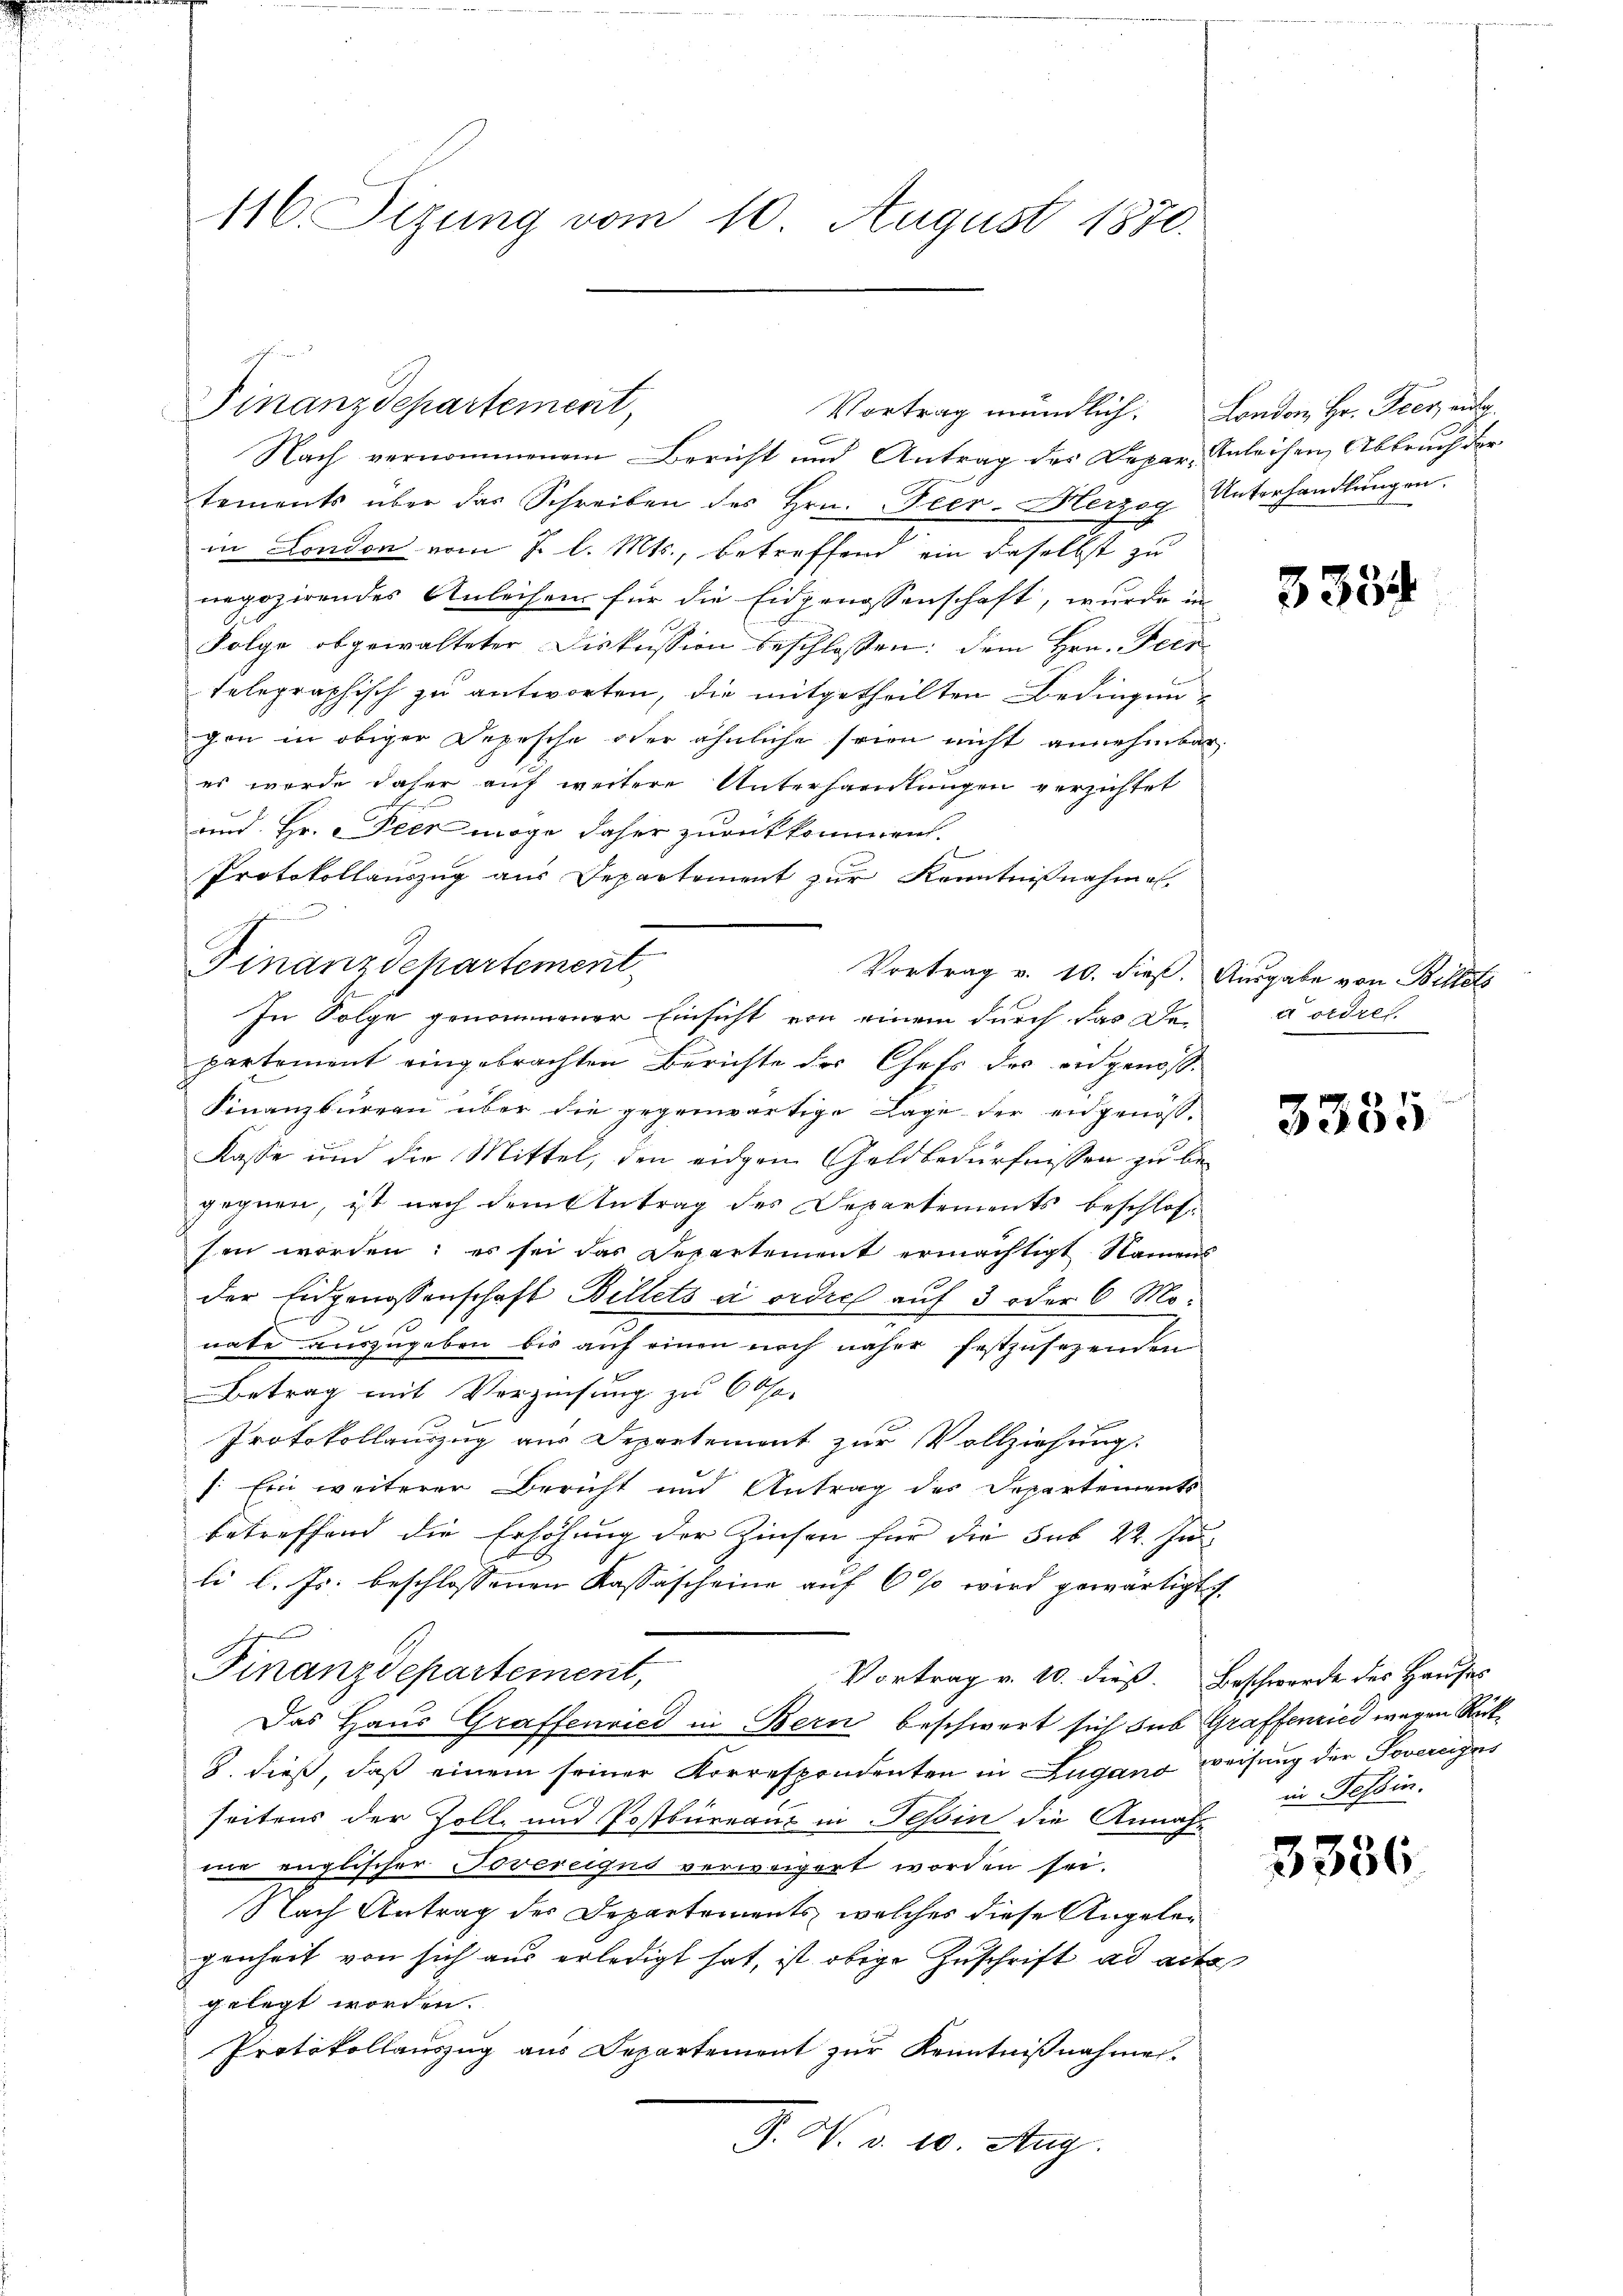
i

116. Sizung vom 10. August 1830.

Finanzdepartement,

Nach vernommenem Bericht und Antrag des Depar- Anleihen, Abbruch der
tements über das Schreiben des Hrn. Peer- Herzog Unterhandlŭngen.
in London vom 7. l. Mts., betreffend ein daselbst zu
negozirendes Anleihen für die Eidgenossenschaft, wurde in
Folge obgewalteter Diskussion beschlossen: dem Hrn. Peer
telegraphisch zu antworten, die mitgetheilten Bedingungon in obiger Depesche oder ähnliche seien nicht annehmbar.
es wurde daher auf weitere Unterhauptungen verzichtet
und Hr. Peer möge daher zurückkommen.
Protokollauszug aus Departement zur Kenntnißnahmen.
u
Finanzdepartement
Vortrag v. 10. dieß. Ausgabe von Billets
E
In Folge genommener Einsicht von einem durch das Den vordres.
partement eingebrachten Berichte der Chefs des eidgenoß¬
Finanzbürern über die gegenwärtige Lage der engenöß¬
Kasse und die Mittel, den eiden Geldbedürfnissen zu begegnen, ist nach dem Antrag des Departements beschlossen worden; es sei das Departement ermächtigt. Namens
der Eidgenossenschaft Billets a ordres auf 3 oder 6 Monate auszugeben bis auf einen noch näher festzusezenden
Betrag mit Verzinsung zu 60sa-
Protokollauszug aus Departement zur Vollziehung.
f: Ein weiterer Bericht und Antrag des Departements
betreffend die Erhöhung der Zinsen für die Sub 22. Ju
li l. Js. beschlossenen Kassascheine auf 6 % wird gewärtigt.
e
Finanzdepartement,
Vortrag v. 10. dieß. Beschwerde des Hauses
Das Haus Graffenried in Bern beschwert sich sub Graffenrici wegen Rück¬
8. dieß, daß einem seiner Korrespondenten in Lugano weisung der Sovereiges
seitens der Zoll- und Postbüreaus in Tessin die Annahmie englischer Jovereigus verweigert worden sei.
Nach Antrag der Departements, welches diese Angelegenheit von sich aus erledigt hat, ist obige Zuschrift ad acta
gelegt worden.
Protokollauszug aus Departement zur Kenntnißnahmen.
P. N. v. 10. Aug.

Vortrag mündlich. London Hr. Peer, ang

3339

3355

in Tessin.

3336